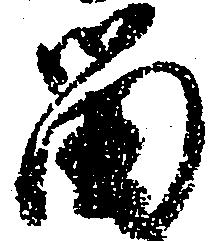
留